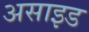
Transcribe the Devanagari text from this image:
असाइड